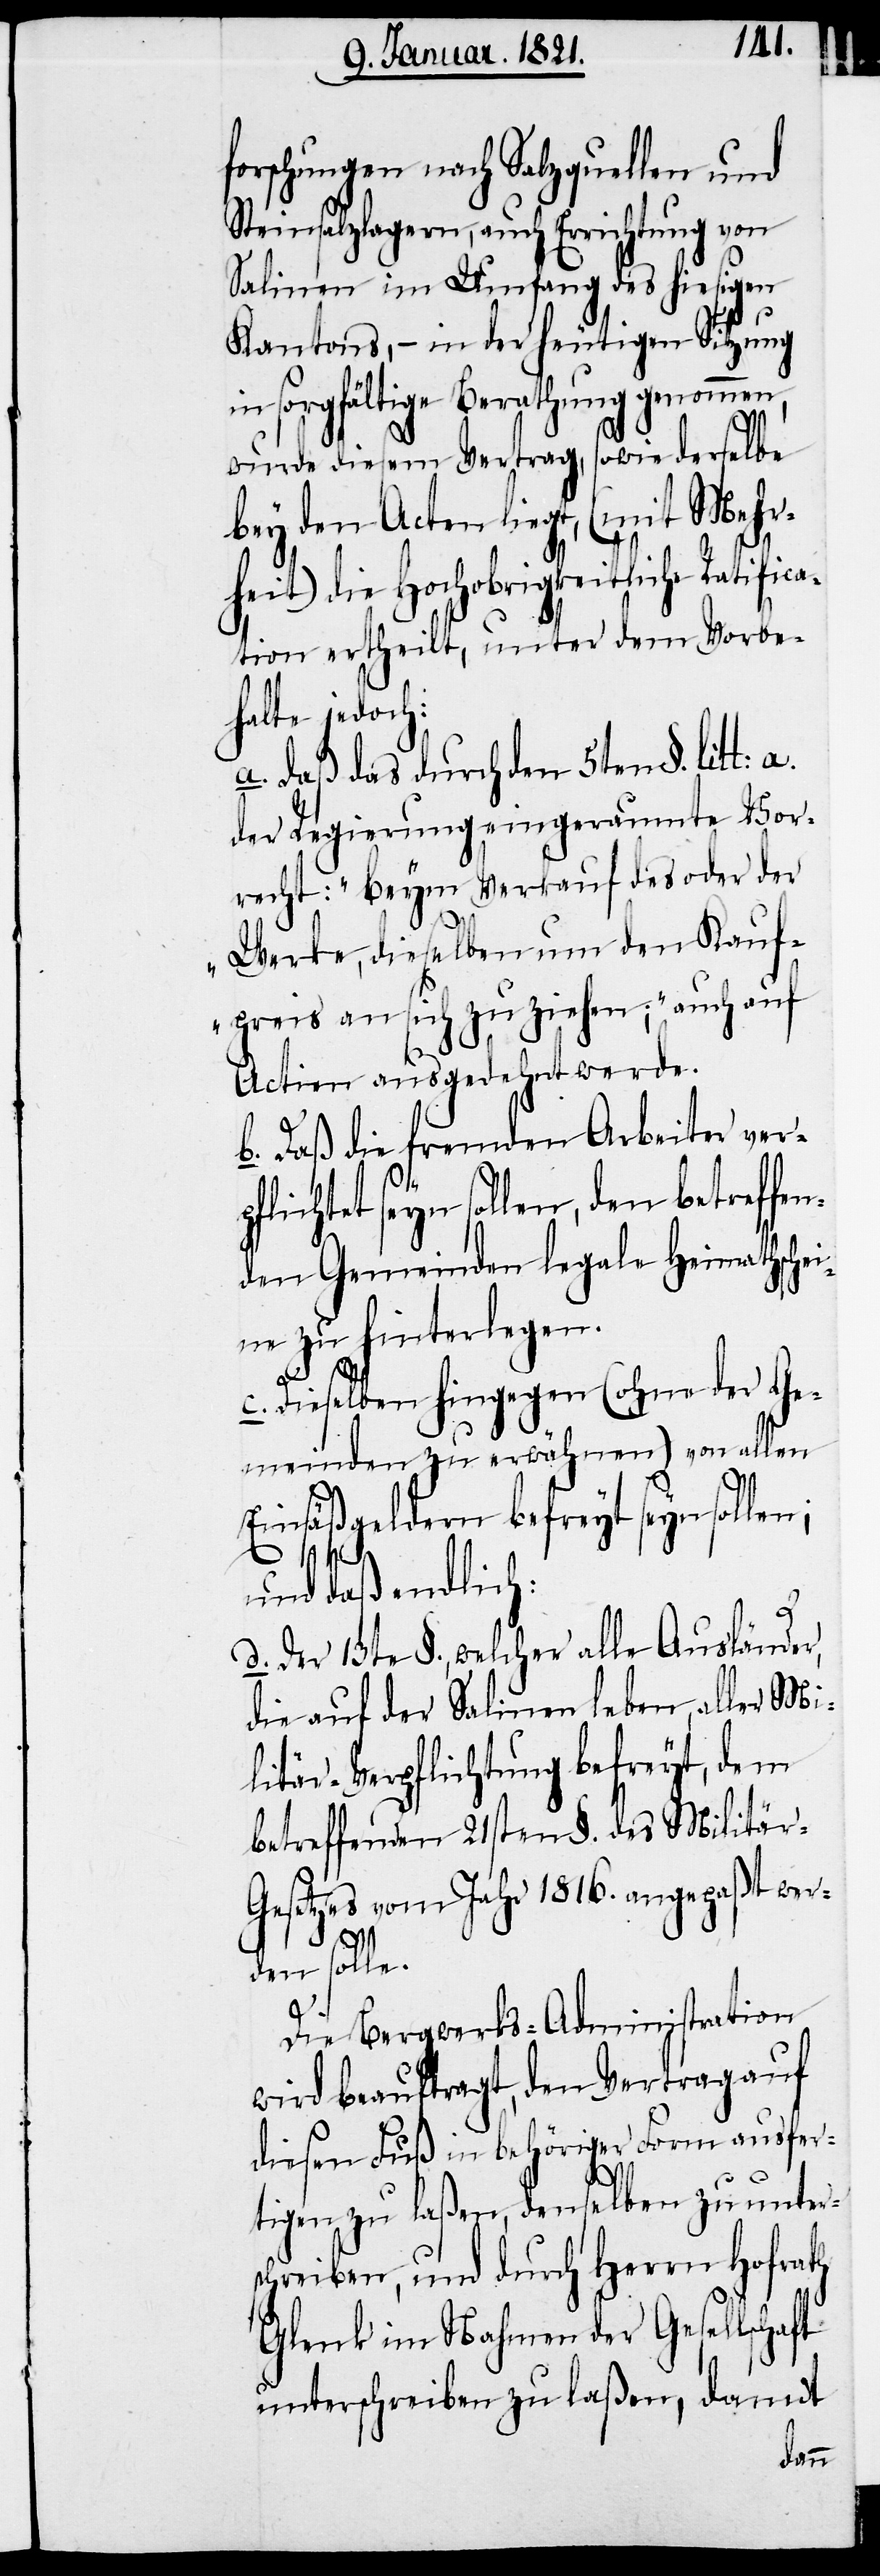
forschungen nach Salzquellen und
Steinsalzlagern, auch Errichtung von
Salinen im Umfang des hiesigen
Kantons, – in der heutigen Sitzung
in sorgfältige Berathung genommen,
wurde diesem Vertrag, sowie derselbe
bey den Acten liegt, (mit Mehr¬
heit) die Hochobrigkeitliche Ratifica¬
tion ertheilt, unter dem Vorbe¬
halte jedoch:
a. daß das durch den 5ten §. litt: a.
der Regierung eingeraumte Vor¬
recht: „beym Verkauf des oder der
Werke, dieselben um den Kauf¬
preis an sich zu ziehen;“ auch auf
Actien ausgedehnt werde.
b. Daß die fremden Arbeiter ver¬
pflichtet seyn sollen, den betreffen¬
den Gemeinden legale Heimathschei¬
ne zu hinterlegen.
c. Dieselben hingegen (ohne der Ge¬
meinden zu erwähnen) von allen
Einsäßgeldern befreyt seyn sollen;
und daß endlich:
d. der 13te §., welcher alle Ausländer,
die auf den Salinen leben, aller Mi¬
litär-Verpflichtungen befreyt, dem
betreffenden 21sten §. des Militär-G¬
esetzes vom Jahr 1816. angepaßt wer¬
den solle.
Die Bergwerks-Administration
wird beauftragt, den Vertrag auf
diesen Fuß in behöriger Form ausfer¬
tigen zu laßen, denselben zu unter¬
schreiben, und durch Herrn Hofrath
Glenk im Nahmen der Gesellschaft
unterschreiben zu laßen, damit